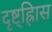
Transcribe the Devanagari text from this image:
दृष्ट्ह्रािस